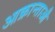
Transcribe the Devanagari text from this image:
आक्रान्ताऔ